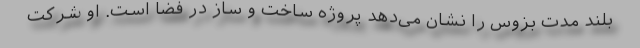
بلند مدت بزوس را نشان می‌دهد پروژه ساخت و ساز در فضا است. او شرکت